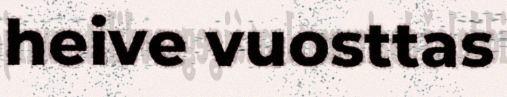
heive vuosttas